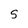
Character: S